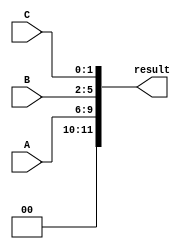
module concatenation_example(
    input [3:0] A,
    input [3:0] B,
    input [1:0] C,
    output [11:0] result
);

assign result = {A, B, C};

endmodule